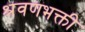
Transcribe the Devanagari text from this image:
श्रवणभक्ती